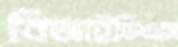
বিআইডিএসে